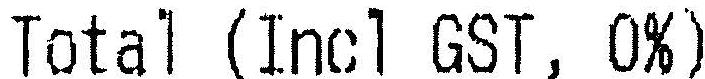
TOTAL (INCL GST, 0%)